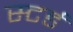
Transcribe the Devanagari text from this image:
स्टर्ड